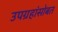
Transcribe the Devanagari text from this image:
उपग्रहांसोबत